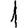
Digit: 1